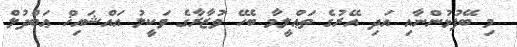
މި ބޭފުޅުންނާއި އަދި އޭރުގެ ތަޢްލީމާ ބެހޭ ވުޒާރާގެ ވަކީލު އައްޝައިޚް ޢަބްދުލް